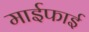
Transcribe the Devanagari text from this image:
माईफाई